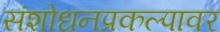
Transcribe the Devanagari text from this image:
संशोधनप्रकल्पावर